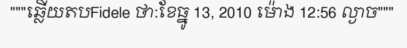
"""ឆ្លើយតបFidele ថា:ខែធ្នូ 13, 2010 ម៉ោង 12:56 ល្ងាច"""